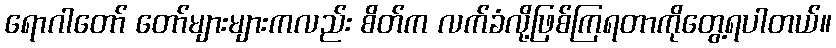
ရောဂါတော် တော်များများကလည်း စိတ်က လက်ခံလို့ဖြစ်ကြရတာကိုတွေ့ရပါတယ်။